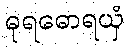
ဓုရဓောရယှံ